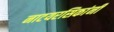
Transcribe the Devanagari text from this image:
नाटयरसिकांनी